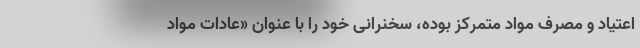
اعتیاد و مصرف مواد متمرکز بوده، سخنرانی خود را با عنوان «عادات مواد